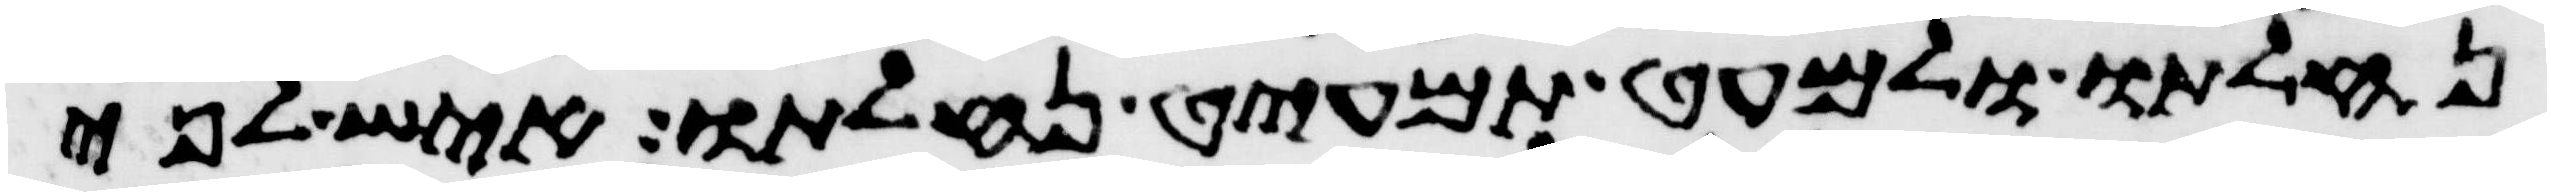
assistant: נחלתו ולמעט תמעיט נחלתו איש לפי